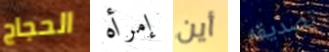
الحجاج إمرأه أين تصديقه